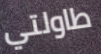
طاولتي